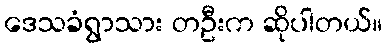
ဒေသခံရွာသား တဦးက ဆိုပါတယ်။